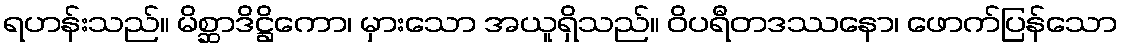
ရဟန်းသည်။ မိစ္ဆာဒိဋ္ဌိကော၊ မှားသော အယူရှိသည်။ ဝိပရီတဒဿနော၊ ဖောက်ပြန်သော